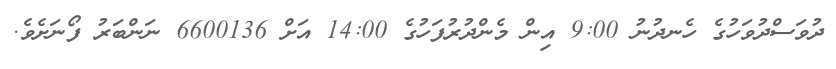
ދުވަސްދުވަހުގެ ހެނދުނު 9:00 އިން މެންދުރުފަހުގެ 14:00 އަށް 6600136 ނަންބަރު ފޯނަށެވެ.